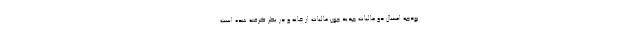
بودجه امسال دو مالیات جدید چون مالیات از خانه و در نظر گرفته شده است